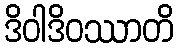
ဒိဝါဒိဝဿာတိ